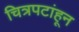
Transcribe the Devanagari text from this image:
चित्रपटांहून